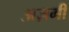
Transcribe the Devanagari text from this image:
अज़मी